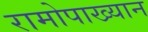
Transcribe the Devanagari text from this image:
रामोपाख्यान